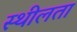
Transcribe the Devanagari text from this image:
स्थीलता